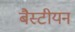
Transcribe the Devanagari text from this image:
बैस्टीयन